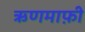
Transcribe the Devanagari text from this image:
ऋणमाफ़ी